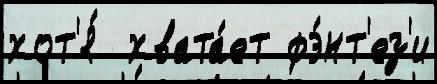
хот'я́  хвата́ет фэ́нт'ез'и